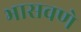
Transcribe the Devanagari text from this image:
भासवणे